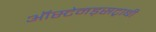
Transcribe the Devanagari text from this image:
ऑस्टेनड्सट्राबी